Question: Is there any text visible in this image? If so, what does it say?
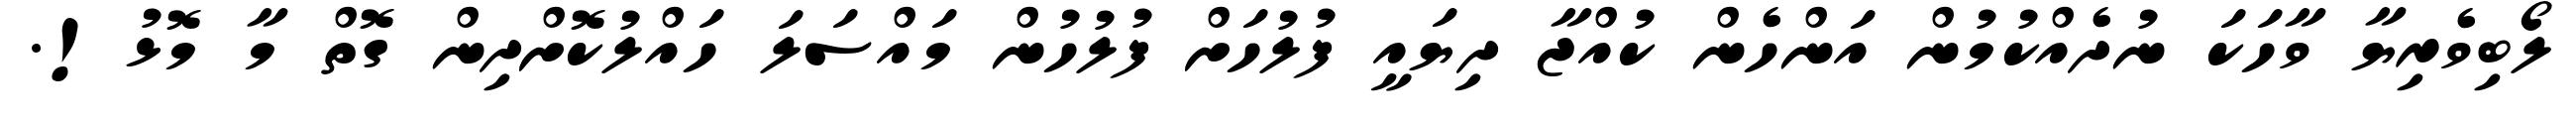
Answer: ލޯބިވެރިޔާ ވާހަކަ ނުދެއްކުމުން އަންހެން ކުއްޖާ ދިޔައީ ފުލުހަށް ފުލުހުން މައްސަލަ ހައްލުކޮށްދިން ގޮތް މާ މޮޅު!.